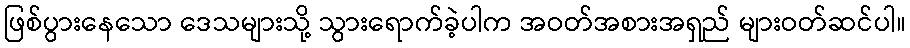
ဖြစ်ပွားနေသော ဒေသများသို့ သွားရောက်ခဲ့ပါက အဝတ်အစားအရှည် များဝတ်ဆင်ပါ။